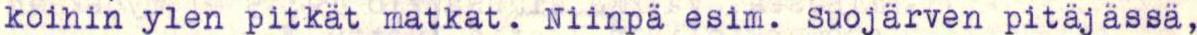
koihin ylen pitkät matkat. Niinpä esim. Suojärven pitäjässä,